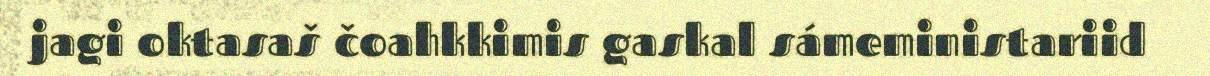
jagi oktasaš čoahkkimis gaskal sámeministariid